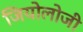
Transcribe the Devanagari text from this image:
जियोलोजी